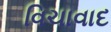
વિચાવાદ